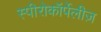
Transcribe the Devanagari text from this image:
स्पीरोकॉर्पेलीज़